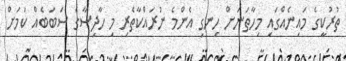
ތުރުކީގެ މައިނެއްގައި މިހާތަނަށް ހިނގި އެންމެ ނުރައްކާތެރި މި ހާދިސާގެ ސަބަބެއް ކަމަށް